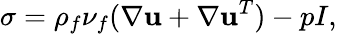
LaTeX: \mathbf{\sigma}=\rho_{f}\nu_{f}(\nabla\mathbf{u}+\nabla\mathbf{u}^{T})-pI,